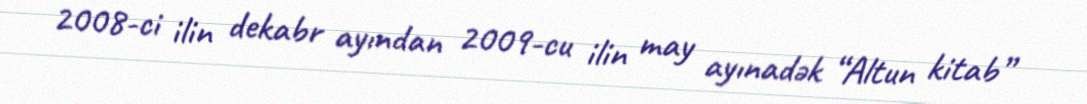
2008-ci ilin dekabr ayından 2009-cu ilin may ayınadək “Altun kitab”